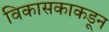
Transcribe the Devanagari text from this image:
विकासकाकडून